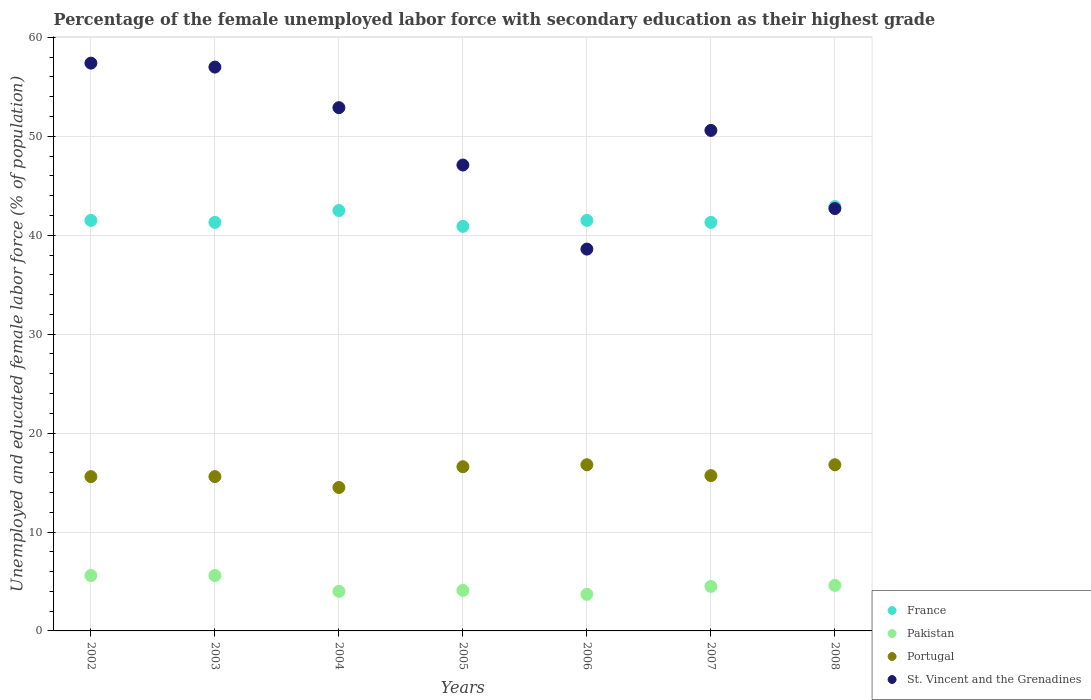
| Years | France | Pakistan | Portugal | St. Vincent and the Grenadines |
 | --- | --- | --- | --- | --- |
 | 2002 | 41.5 | 5.6 | 15.6 | 57.4 |
 | 2003 | 41.3 | 5.6 | 15.6 | 57 |
 | 2004 | 42.5 | 4 | 14.5 | 52.9 |
 | 2005 | 40.9 | 4.1 | 16.6 | 47.1 |
 | 2006 | 41.5 | 3.7 | 16.8 | 38.6 |
 | 2007 | 41.3 | 4.5 | 15.7 | 50.6 |
 | 2008 | 42.9 | 4.6 | 16.8 | 42.7 |